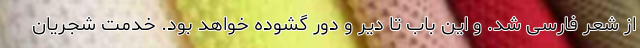
از شعر فارسی ‌شد. و این باب تا دیر و دور گشوده خواهد بود. خدمت شجریان